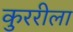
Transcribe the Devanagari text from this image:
कुररीला